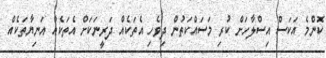
ކޮންމެ އަކަސް އިސްލާހަށް ކުރި މަސައްކަތުން ދިވެހި އެތަކެއް ދަރީނަކަށް އެތަކެއް އަނިޔާތަކެއް